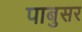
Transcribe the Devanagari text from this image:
पाबुसर